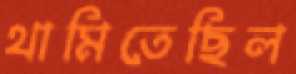
থামিতেছিল